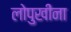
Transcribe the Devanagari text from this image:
लोपुखीना